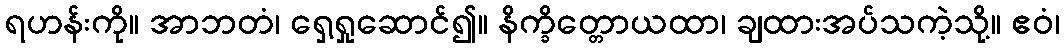
ရဟန်းကို။ အာဘတံ၊ ရှေ့ရှုဆောင်၍။ နိက္ခိတ္တောယထာ၊ ချထားအပ်သကဲ့သို့။ ဧဝံ၊